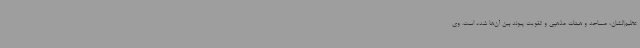
عظیم‌الشان، مساجد و هیئات مذهبی و تقویت پیوند بین آن‌ها شده است. وی